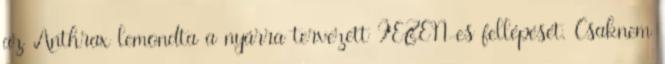
az Anthrax lemondta a nyárra tervezett FEZEN-es fellépését. Csaknem